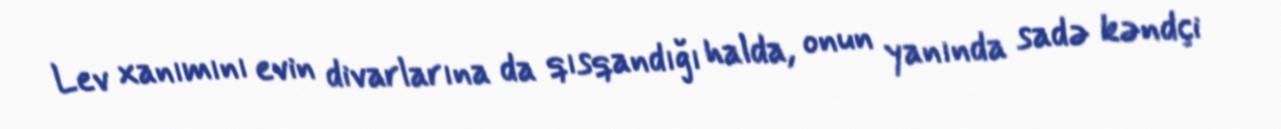
Lev xanımını evin divarlarına da qısqandığı halda, onun yanında sadə kəndçi